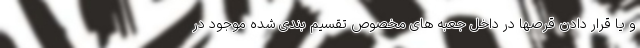
و یا قرار دادن قرصها در داخل جعبه های مخصوص تقسیم بندی شده موجود در